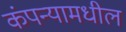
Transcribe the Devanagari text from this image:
कंपन्यामधील